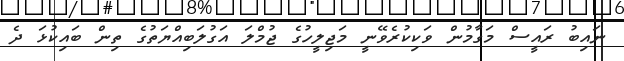
ނައިބު ރައީސް މަގާމުން ވަކިކުރެވޭނީ މަޖިލީހުގެ ޖުމްލަ އަގުލަބިއްޔަތުގެ ތިން ބައިކުޅަ ދެ